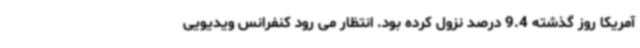
آمریکا روز گذشته 9.4 درصد نزول کرده بود. انتظار می رود کنفرانس ویدیویی